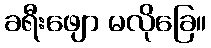
ခရီးဖျော မလိုခြေ။